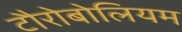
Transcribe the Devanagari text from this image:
टौरोबोलियम